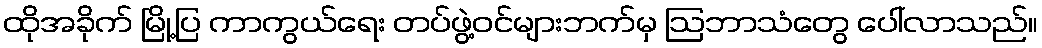
ထိုအခိုက် မြို့ပြ ကာကွယ်ရေး တပ်ဖွဲ့ဝင်များဘက်မှ ဩဘာသံတွေ ပေါ်လာသည်။